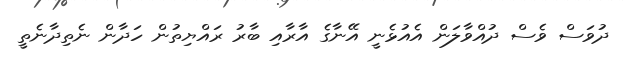
ދުވަސް ވެސް ދުއްވާލަން އެއުޅެނީ އޭނާގެ އާރާއި ބާރު ރައްޔިތުން ހަދާން ނެތިދާނެތީ